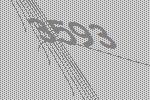
3593